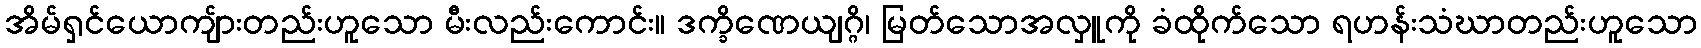
အိမ်ရှင်ယောကျ်ားတည်းဟူသော မီးလည်းကောင်း။ ဒက္ခိဏေယျဂ္ဂိ၊ မြတ်သောအလှူကို ခံထိုက်သော ရဟန်းသံဃာတည်းဟူသော